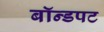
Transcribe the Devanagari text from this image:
बॉन्डपट